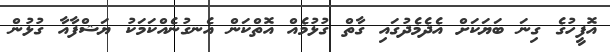
އޮފީހުގެ ގިނަ ބަޔަކަށް އެދެމެދުގައި ގާތް ގުޅުމެއް އޮތްކަން އެނގުނެއްކަމަކު ޔަޝްފާއާ ގުޅުން